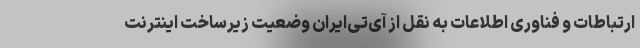
ارتباطات و فناوری اطلاعات به نقل از آی‌تی‌ایران وضعیت زیرساخت اینترنت